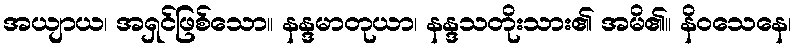
အယျာယ၊ အရှင်ဖြစ်သော။ နန္ဒမာတုယာ၊ နန္ဒသတိုးသား၏ အမိ၏။ နိဝသေနေ၊